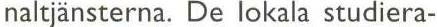
naltjänsterna. De lokala studiera-